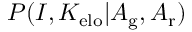
P ( I , K _ { \mathrm { e l o } } | A _ { \mathrm { g } } , A _ { \mathrm { r } } )